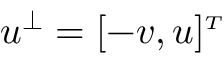
\boldsymbol { u } ^ { \perp } = [ - v , u ] ^ { \scriptscriptstyle T }